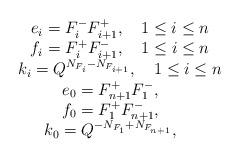
LaTeX: \begin{align*}\begin{array}{c} e_{i}= F_{i}^{-} F_{i+1}^{+},~~~ 1 \le i \le n \\ f_{i}= F_{i}^{+} F_{i+1}^{-},~~~ 1 \le i \le n \\ k_{i}= Q^{N_{F_{i}}- N_{F_{i+1}}},~~~ 1 \le i \le n \\ e_{0}= F_{n+1}^{+} F_{1}^{-},~~~ \\ f_{0}= F_{1}^{+} F_{n+1}^{-},~~~ \\ k_{0}= Q^{-N_{F_{1}}+ N_{F_{n+1}}},~~~ \\ \end{array}\end{align*}